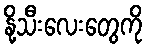
နို့သီးလေးတွေကို